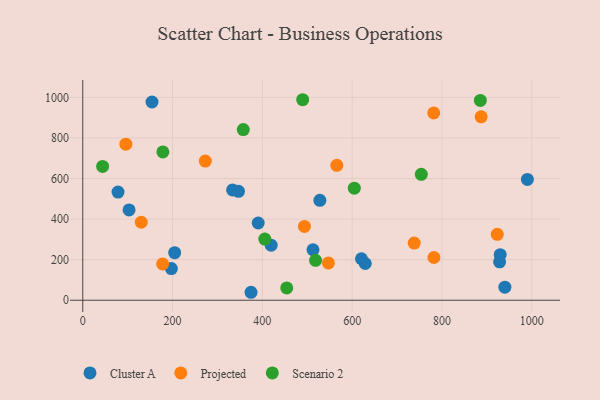
{"axis": {"x": "Experience", "y": "Yield"}, "legend": ["Cluster A", "Projected", "Scenario 2"], "data": [{"x": "204.7", "y": 234.4, "type": "Cluster A"}, {"x": "528.1", "y": 492.6, "type": "Cluster A"}, {"x": "103.1", "y": 445.2, "type": "Cluster A"}, {"x": "928.4", "y": 189.2, "type": "Cluster A"}, {"x": "990.3", "y": 595.6, "type": "Cluster A"}, {"x": "620.7", "y": 204.4, "type": "Cluster A"}, {"x": "629.2", "y": 181.2, "type": "Cluster A"}, {"x": "333.7", "y": 544.0, "type": "Cluster A"}, {"x": "390.7", "y": 380.9, "type": "Cluster A"}, {"x": "374.8", "y": 39.2, "type": "Cluster A"}, {"x": "929.8", "y": 224.7, "type": "Cluster A"}, {"x": "197.3", "y": 156.3, "type": "Cluster A"}, {"x": "512.8", "y": 248.8, "type": "Cluster A"}, {"x": "154.2", "y": 977.5, "type": "Cluster A"}, {"x": "346.8", "y": 536.8, "type": "Cluster A"}, {"x": "419.6", "y": 271.5, "type": "Cluster A"}, {"x": "940.2", "y": 64.3, "type": "Cluster A"}, {"x": "78.5", "y": 533.2, "type": "Cluster A"}, {"x": "738.2", "y": 282.0, "type": "Projected"}, {"x": "130.3", "y": 384.4, "type": "Projected"}, {"x": "547.1", "y": 183.7, "type": "Projected"}, {"x": "95.9", "y": 769.3, "type": "Projected"}, {"x": "923.2", "y": 324.9, "type": "Projected"}, {"x": "272.9", "y": 686.3, "type": "Projected"}, {"x": "887.3", "y": 904.3, "type": "Projected"}, {"x": "493.7", "y": 363.7, "type": "Projected"}, {"x": "781.7", "y": 923.7, "type": "Projected"}, {"x": "177.8", "y": 179.2, "type": "Projected"}, {"x": "782.1", "y": 210.7, "type": "Projected"}, {"x": "565.8", "y": 665.3, "type": "Projected"}, {"x": "489.8", "y": 988.7, "type": "Scenario 2"}, {"x": "178.4", "y": 731.3, "type": "Scenario 2"}, {"x": "405.4", "y": 301.6, "type": "Scenario 2"}, {"x": "518.5", "y": 196.7, "type": "Scenario 2"}, {"x": "604.8", "y": 552.5, "type": "Scenario 2"}, {"x": "754.0", "y": 620.9, "type": "Scenario 2"}, {"x": "357.5", "y": 841.7, "type": "Scenario 2"}, {"x": "44.2", "y": 659.8, "type": "Scenario 2"}, {"x": "885.6", "y": 985.1, "type": "Scenario 2"}, {"x": "454.3", "y": 60.6, "type": "Scenario 2"}]}